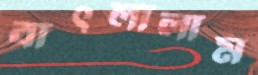
বাৎলালাম